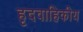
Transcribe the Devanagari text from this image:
हृदवाहिकीय